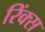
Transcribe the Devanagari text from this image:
रिंक्स